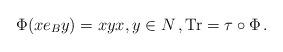
LaTeX: \begin{align*}\Phi (xe_B y)=xyx,y\in N\, ,{\rm Tr}=\tau\circ\Phi\, .\end{align*}